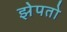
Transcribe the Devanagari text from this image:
झेपतो